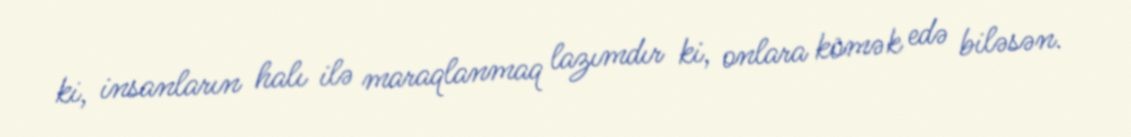
ki, insanların halı ilə maraqlanmaq lazımdır ki, onlara kömək edə biləsən.